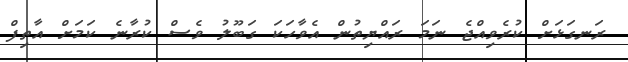
ރަނގަޅަށް ކުރެވިއްޖެ ނަމަ ރައްޔިތުން އެވާހަކަ ގަބޫލު ވެސް ކުރާނެ ކަމަށް އާތިފް